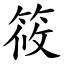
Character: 筱